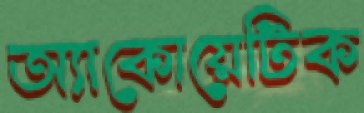
অ্যাকোয়েটিক